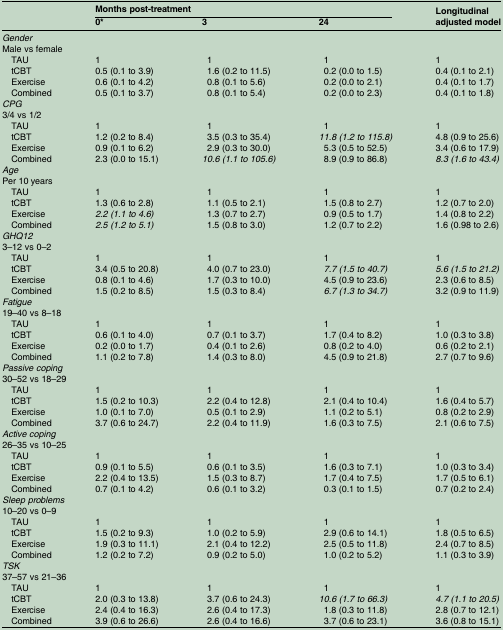
<table><thead><tr><td></td><td colspan="3"><b>Months post-treatment</b></td><td rowspan="2"><b>Longitudinal adjusted model</b></td></tr><tr><td></td><td><b>0*</b></td><td><b>3</b></td><td><b>24</b></td></tr></thead><tbody><tr><td colspan="5"><i>Gender</i></td></tr><tr><td colspan="5">Male vs female</td></tr><tr><td> TAU</td><td>1</td><td>1</td><td>1</td><td>1</td></tr><tr><td> tCBT</td><td>0.5 (0.1 to 3.9)</td><td>1.6 (0.2 to 11.5)</td><td>0.2 (0.0 to 1.5)</td><td>0.4 (0.1 to 2.1)</td></tr><tr><td> Exercise</td><td>0.6 (0.1 to 4.2)</td><td>0.8 (0.1 to 5.6)</td><td>0.2 (0.0 to 2.1)</td><td>0.4 (0.1 to 1.7)</td></tr><tr><td> Combined</td><td>0.5 (0.1 to 3.7)</td><td>0.8 (0.1 to 5.4)</td><td>0.2 (0.0 to 2.3)</td><td>0.4 (0.1 to 1.8)</td></tr><tr><td colspan="5"><i>CPG</i></td></tr><tr><td colspan="5">3/4 vs 1/2</td></tr><tr><td> TAU</td><td>1</td><td>1</td><td>1</td><td>1</td></tr><tr><td> tCBT</td><td>1.2 (0.2 to 8.4)</td><td>3.5 (0.3 to 35.4)</td><td><i>11.8 (1.2 to 115.8)</i></td><td>4.8 (0.9 to 25.6)</td></tr><tr><td> Exercise</td><td>0.9 (0.1 to 6.2)</td><td>2.9 (0.3 to 30.0)</td><td>5.3 (0.5 to 52.5)</td><td>3.4 (0.6 to 17.9)</td></tr><tr><td> Combined</td><td>2.3 (0.0 to 15.1)</td><td><i>10.6 (1.1 to 105.6)</i></td><td>8.9 (0.9 to 86.8)</td><td><i>8.3 (1.6 to 43.4)</i></td></tr><tr><td colspan="5"><i>Age</i></td></tr><tr><td colspan="5">Per 10 years</td></tr><tr><td> TAU</td><td>1</td><td>1</td><td>1</td><td>1</td></tr><tr><td> tCBT</td><td>1.3 (0.6 to 2.8)</td><td>1.1 (0.5 to 2.1)</td><td>1.5 (0.8 to 2.7)</td><td>1.2 (0.7 to 2.0)</td></tr><tr><td> Exercise</td><td><i>2.2 (1.1 to 4.6)</i></td><td>1.3 (0.7 to 2.7)</td><td>0.9 (0.5 to 1.7)</td><td>1.4 (0.8 to 2.2)</td></tr><tr><td> Combined</td><td><i>2.5 (1.2 to 5.1)</i></td><td>1.5 (0.8 to 3.0)</td><td>1.2 (0.7 to 2.2)</td><td>1.6 (0.98 to 2.6)</td></tr><tr><td colspan="5"><i>GHQ12</i></td></tr><tr><td colspan="5">3–12 vs 0–2</td></tr><tr><td> TAU</td><td>1</td><td>1</td><td>1</td><td>1</td></tr><tr><td> tCBT</td><td>3.4 (0.5 to 20.8)</td><td>4.0 (0.7 to 23.0)</td><td><i>7.7 (1.5 to 40.7)</i></td><td><i>5.6 (1.5 to 21.2)</i></td></tr><tr><td> Exercise</td><td>0.8 (0.1 to 4.6)</td><td>1.7 (0.3 to 10.0)</td><td>4.5 (0.9 to 23.6)</td><td>2.3 (0.6 to 8.5)</td></tr><tr><td> Combined</td><td>1.5 (0.2 to 8.5)</td><td>1.5 (0.3 to 8.4)</td><td><i>6.7 (1.3 to 34.7)</i></td><td>3.2 (0.9 to 11.9)</td></tr><tr><td colspan="5"><i>Fatigue</i></td></tr><tr><td colspan="5">19–40 vs 8–18</td></tr><tr><td> TAU</td><td>1</td><td>1</td><td>1</td><td>1</td></tr><tr><td> tCBT</td><td>0.6 (0.1 to 4.0)</td><td>0.7 (0.1 to 3.7)</td><td>1.7 (0.4 to 8.2)</td><td>1.0 (0.3 to 3.8)</td></tr><tr><td> Exercise</td><td>0.2 (0.0 to 1.7)</td><td>0.4 (0.1 to 2.6)</td><td>0.8 (0.2 to 4.0)</td><td>0.6 (0.2 to 2.1)</td></tr><tr><td> Combined</td><td>1.1 (0.2 to 7.8)</td><td>1.4 (0.3 to 8.0)</td><td>4.5 (0.9 to 21.8)</td><td>2.7 (0.7 to 9.6)</td></tr><tr><td colspan="5"><i>Passive coping</i></td></tr><tr><td colspan="5">30–52 vs 18–29</td></tr><tr><td> TAU</td><td>1</td><td>1</td><td>1</td><td>1</td></tr><tr><td> tCBT</td><td>1.5 (0.2 to 10.3)</td><td>2.2 (0.4 to 12.8)</td><td>2.1 (0.4 to 10.4)</td><td>1.6 (0.4 to 5.7)</td></tr><tr><td> Exercise</td><td>1.0 (0.1 to 7.0)</td><td>0.5 (0.1 to 2.9)</td><td>1.1 (0.2 to 5.1)</td><td>0.8 (0.2 to 2.9)</td></tr><tr><td> Combined</td><td>3.7 (0.6 to 24.7)</td><td>2.2 (0.4 to 11.9)</td><td>1.6 (0.3 to 7.5)</td><td>2.1 (0.6 to 7.5)</td></tr><tr><td colspan="5"><i>Active coping</i></td></tr><tr><td colspan="5">26–35 vs 10–25</td></tr><tr><td> TAU</td><td>1</td><td>1</td><td>1</td><td>1</td></tr><tr><td> tCBT</td><td>0.9 (0.1 to 5.5)</td><td>0.6 (0.1 to 3.5)</td><td>1.6 (0.3 to 7.1)</td><td>1.0 (0.3 to 3.4)</td></tr><tr><td> Exercise</td><td>2.2 (0.4 to 13.5)</td><td>1.5 (0.3 to 8.7)</td><td>1.7 (0.4 to 7.5)</td><td>1.7 (0.5 to 6.1)</td></tr><tr><td> Combined</td><td>0.7 (0.1 to 4.2)</td><td>0.6 (0.1 to 3.2)</td><td>0.3 (0.1 to 1.5)</td><td>0.7 (0.2 to 2.4)</td></tr><tr><td colspan="5"><i>Sleep problems</i></td></tr><tr><td colspan="5">10–20 vs 0–9</td></tr><tr><td> TAU</td><td>1</td><td>1</td><td>1</td><td>1</td></tr><tr><td> tCBT</td><td>1.5 (0.2 to 9.3)</td><td>1.0 (0.2 to 5.9)</td><td>2.9 (0.6 to 14.1)</td><td>1.8 (0.5 to 6.5)</td></tr><tr><td> Exercise</td><td>1.9 (0.3 to 11.1)</td><td>2.1 (0.4 to 12.2)</td><td>2.5 (0.5 to 11.8)</td><td>2.4 (0.7 to 8.5)</td></tr><tr><td> Combined</td><td>1.2 (0.2 to 7.2)</td><td>0.9 (0.2 to 5.0)</td><td>1.0 (0.2 to 5.2)</td><td>1.1 (0.3 to 3.9)</td></tr><tr><td colspan="5"><i>TSK</i></td></tr><tr><td colspan="5">37–57 vs 21–36</td></tr><tr><td> TAU</td><td>1</td><td>1</td><td>1</td><td>1</td></tr><tr><td> tCBT</td><td>2.0 (0.3 to 13.8)</td><td>3.7 (0.6 to 24.3)</td><td><i>10.6 (1.7 to 66.3)</i></td><td><i>4.7 (1.1 to 20.5)</i></td></tr><tr><td> Exercise</td><td>2.4 (0.4 to 16.3)</td><td>2.6 (0.4 to 17.3)</td><td>1.8 (0.3 to 11.8)</td><td>2.8 (0.7 to 12.1)</td></tr><tr><td> Combined</td><td>3.9 (0.6 to 26.6)</td><td>2.6 (0.4 to 16.6)</td><td>3.7 (0.6 to 23.1)</td><td>3.6 (0.8 to 15.1)</td></tr></tbody></table>